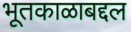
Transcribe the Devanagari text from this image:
भूतकाळाबद्दल